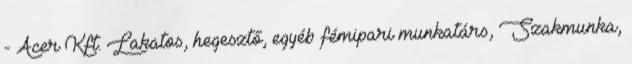
- Acer Kft. Lakatos, hegesztő, egyéb fémipari munkatárs, Szakmunka,